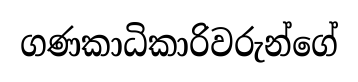
ගණකාධිකාරිවරුන්ගේ